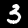
Label: 3